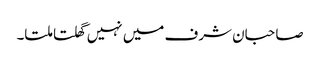
صاحبان شرف میں نہیں گھلتا ملتا۔